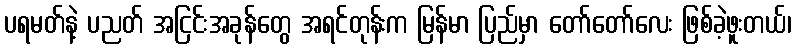
ပရမတ်နဲ့ ပညတ် အငြင်းအခုန်တွေ အရင်တုန်းက မြန်မာ ပြည်မှာ တော်တော်လေး ဖြစ်ခဲ့ဖူးတယ်၊